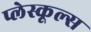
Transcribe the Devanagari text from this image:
प्लेस्कूल्स